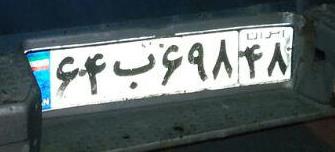
۶۴ب۶۹۸۴۸